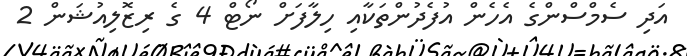
އަދި ސެމްސްންގެ އެހެން އުފެދުންތަކާއި ހިލާފަށް ނޯޓް 4 ގެ ރިޒޮލިއުޝަން 2